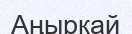
Аңырқай